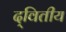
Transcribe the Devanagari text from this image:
द्‌वितीय